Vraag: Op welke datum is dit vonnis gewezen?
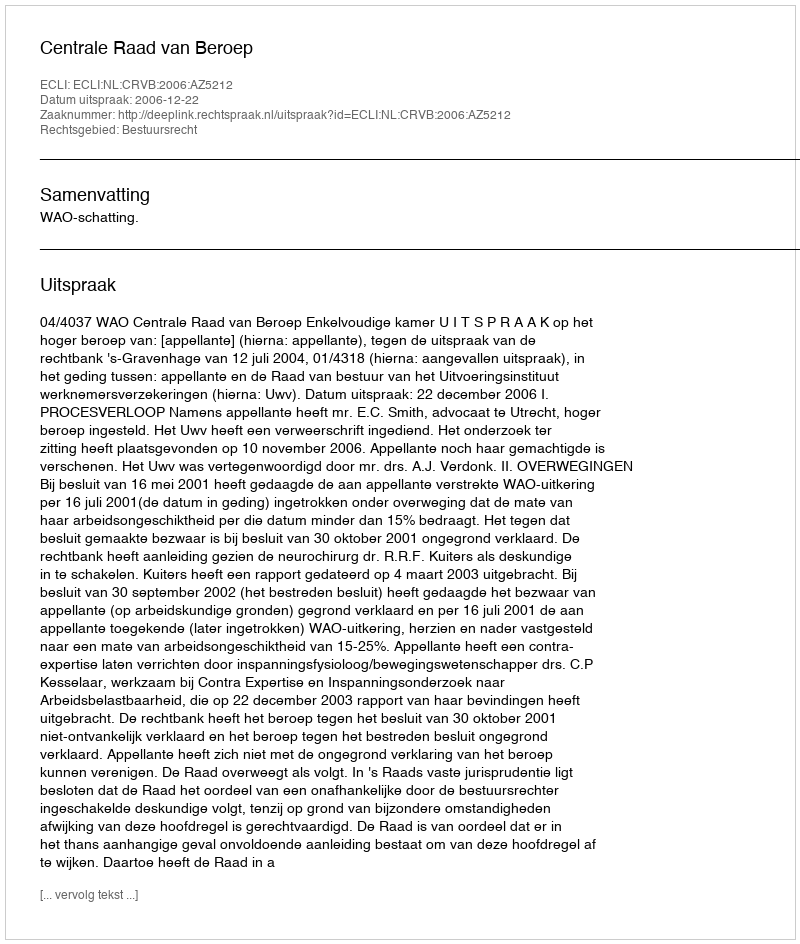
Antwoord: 2006-12-22